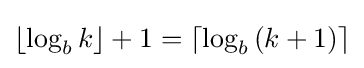
\lfloor \log _{b}{k}\rfloor +1=\lceil \log _{b}{(k+1)}\rceil